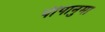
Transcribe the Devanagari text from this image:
पीपानुमा